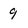
Character: 9